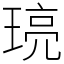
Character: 𤦻